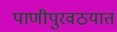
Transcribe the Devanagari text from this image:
पाणीपुरवठयात